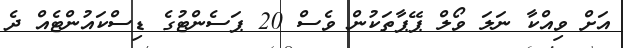
އަށް ވިއްކާ ނަލަ ވޯލް ޕޭޕާތަކުން ވެސް 20 ޕަސެންޓުގެ ޑިސްކައުންޓެއް ދެ